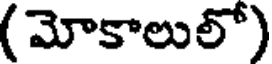
( మోకాలులో)